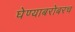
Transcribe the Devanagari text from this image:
घेण्याबरोबरच